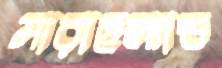
মারাহল্যান্ড